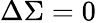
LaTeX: \Delta\Sigma=0